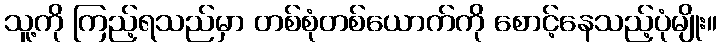
သူ့ကို ကြည့်ရသည်မှာ တစ်စုံတစ်ယောက်ကို စောင့်နေသည့်ပုံမျိုး။